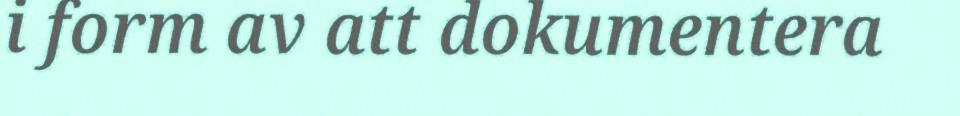
i form av att dokumentera